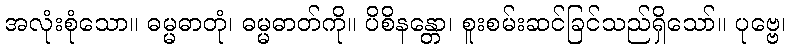
အလုံးစုံသော။ ဓမ္မဓာတုံ၊ ဓမ္မဓာတ်ကို။ ပိစိနန္တော၊ စူးစမ်းဆင်ခြင်သည်ရှိသော်။ ပုဗ္ဗေ၊